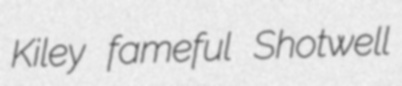
Kiley fameful Shotwell